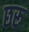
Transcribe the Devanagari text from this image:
छरू